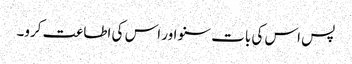
پس اس کی بات سنو اور اس کی اطاعت کرو۔